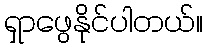
ရှာဖွေနိုင်ပါတယ်။